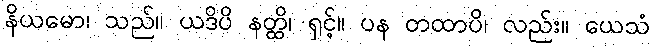
နိယမော၊ သည်။ ယဒိပိ နတ္ထိ၊ ရှင့်။ ပန တထာပိ၊ လည်း။ ယေသံ